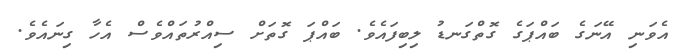
އެވަނި އޭނަގެ ބައްޕަގެ ގޮތްގަނޑު ލިބިފައެވެ. ބައްޕަ ގޮތަށް ސިއްރުތައްވެސް އެހާ ގިނައެވެ.